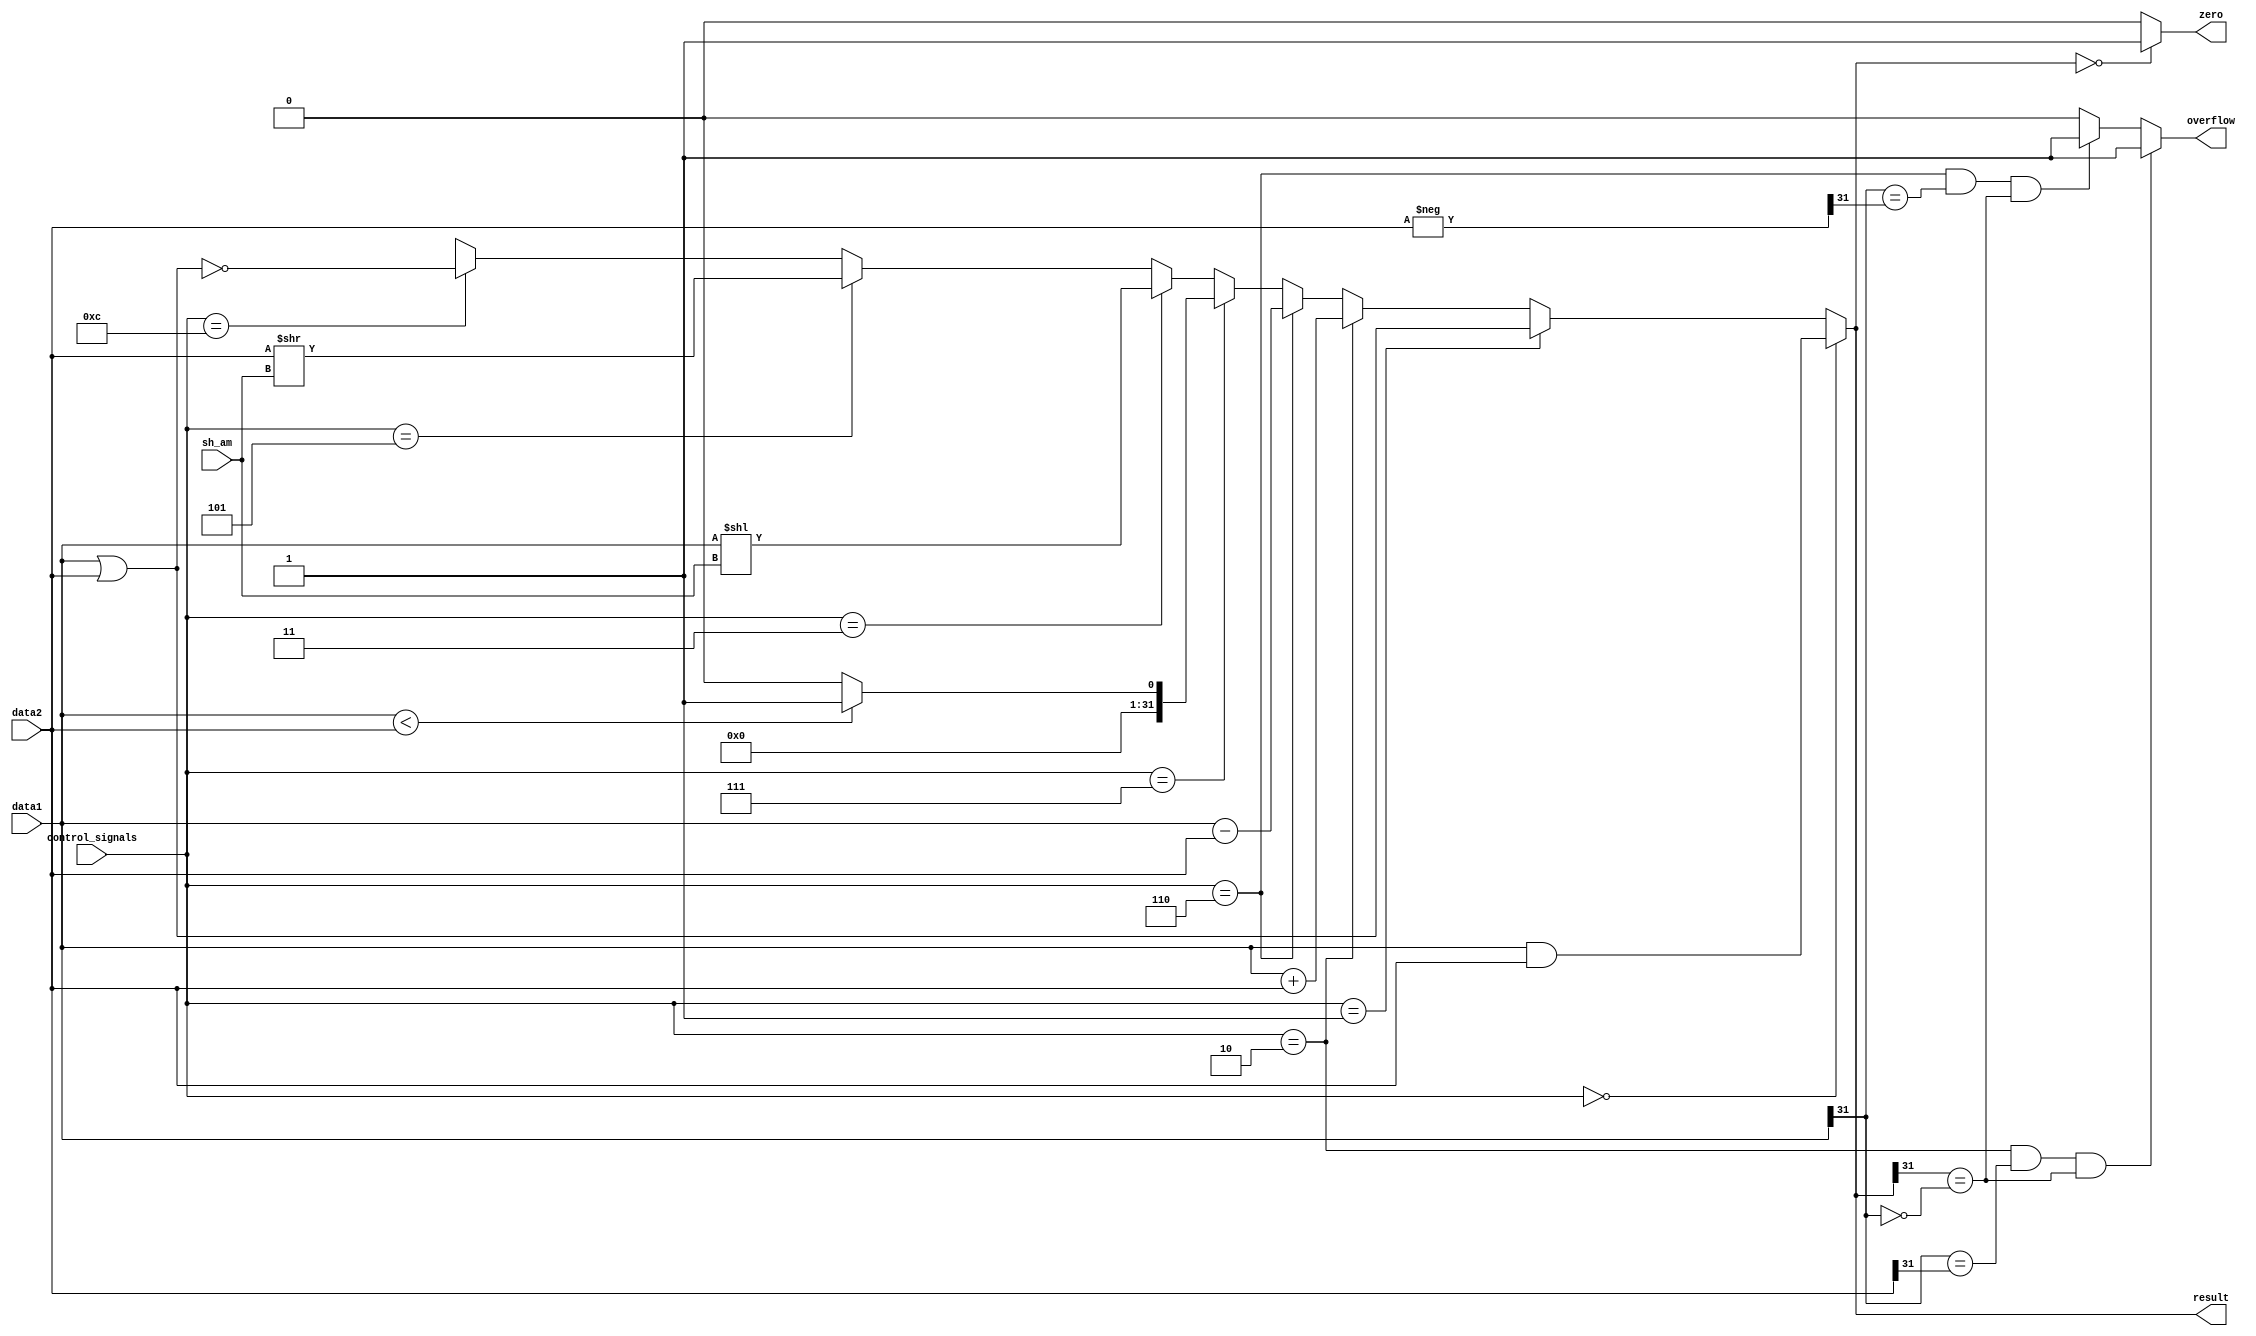
module ALU (data1,data2,control_signals,sh_am,zero,overflow,result);
	input [31:0]data1,data2;
        input [4:0] sh_am;
	input [3:0] control_signals; 
	output reg zero,overflow;
	output reg [31:0] result;

	wire [31:0] data2_negated;
	assign data2_negated = -data2;
	

	always@ (*)
	begin
//applying control signals

			result <= 
				 (control_signals == 4'b 0000) ? (data1 & data2) 
				:(control_signals == 4'b 0001) ? (data1 | data2)
				:(control_signals == 4'b 0010) ? (data1 + data2)
				:(control_signals == 4'b 0110) ? (data1 - data2)
				:(control_signals == 4'b 0111) ? ((data1 < data2)? 32'b0001 : 32'b0000)
                                :(control_signals == 4'b 0011) ?  (data1 << sh_am)
                                :(control_signals == 4'b 0101) ?  (data2 >> sh_am)
				:(control_signals == 4'b 1100) ? ~(data1 | data2)				
				: 32'bxxxx ;
		

	end
 
	always@ (result)
	begin
//setting zero flag
		if(result==0)
			zero<=1;
		
		else
			zero<=0;

//overflow

			 overflow <=
			 (control_signals == 4'b0010 && data1[31] == data2[31] && result[31] ==~data1[31])? 1'b1 //+ 
			:(control_signals == 4'b0110 && data1[31] == data2_negated[31] &&result[31] == ~data1[31])? 1'b1  //-
			: 1'b0;  
		
	end
  
endmodule




//--------------------------------------------------------------//ALU testbench

module testALU;
        reg [31:0]data1,data2;
	reg [3:0] control_signals; 
	wire zero,overflow;
	wire [31:0] result;
        reg [4:0]sh_am;


initial
begin
$monitor($time, "  R1=%d , R2=%d,control=%d, Result=%d, zeroFlag=%d, overflow=%d",
               data1,data2,control_signals,result,zero,overflow);

#1 data1 = 1; data2 = 3; control_signals = 0; // and
#2 data1 = 1; data2 = 3; control_signals = 1; // or
#3 data1 = 5; data2 = 2; control_signals = 2; // add
#4 data1 = 3; data2 = -1; control_signals = 2; // add
#5 data1 = 3; data2 = 2; control_signals = 6; // sub
#6 data1 = 2147483645; data2 = 9; control_signals = 2; // add


end

ALU alu1(data1,data2,control_signals,sh_am,zero,overflow,result);//module ALU (data1,data2,control_signals,sh_am,zero,overflow,result);
endmodule